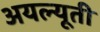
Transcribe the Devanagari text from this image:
अयल्यूती